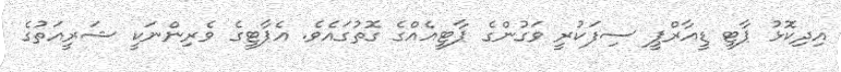
އިދިކޮޅު ޕާޓީ ޑީއާރްޕީ ސިފަކުރީ ވަގުންގެ ޕާޓީއެއްގެ ގޮތުގައެވެ. އެޕާޓީގެ ވެރިންނަކީ ޝަރީއަތުގެ